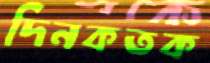
দিনকতক